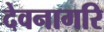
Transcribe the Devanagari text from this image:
देवनागरि